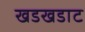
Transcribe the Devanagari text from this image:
खडखडाट